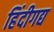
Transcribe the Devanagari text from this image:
हिंदीगद्य